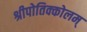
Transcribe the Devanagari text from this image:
श्रीपोतिक्कोलम्